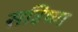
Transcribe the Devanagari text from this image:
सहिष्ण